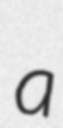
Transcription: a